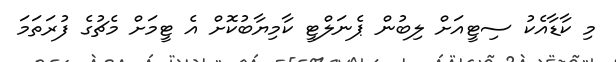
މި ކާޑާއެކު ސިޓީއަށް ލިބުން ޕެނަލްޓީ ކާމިޔާބުކޮށް އެ ޓީމަށް މެޗުގެ ފުރަތަމަ